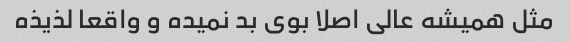
مثل همیشه عالی اصلا بوی بد نمیده و واقعا لذیذه